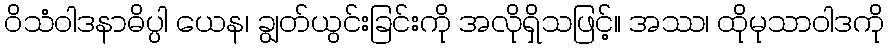
ဝိသံဝါဒနာဓိပ္ပါ ယေန၊ ချွတ်ယွင်းခြင်းကို အလိုရှိသဖြင့်။ အဿ၊ ထိုမုသာဝါဒကို